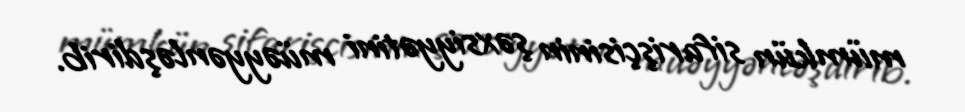
mümkün sifarişçisinin şəxsiyyətini müəyyənləşdirib.